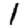
Digit: 1